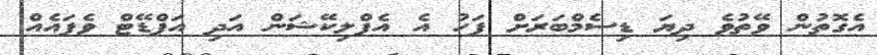
އެގޮތުން ވޭތުވެ ދިޔަ ޑިސެމްބަރަށް ފަހު އެ އެޕްލިކޭޝަން އަދި އަޕްޑޭޓް ވެފައެއް